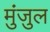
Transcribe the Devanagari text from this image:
मुंजुल